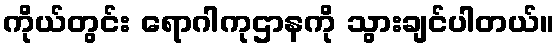
ကိုယ်တွင်း ရောဂါကုဌာနကို သွားချင်ပါတယ်။